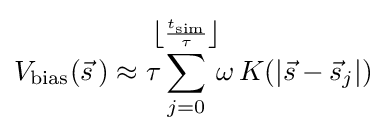
V_{\text{bias}}({\vec {s}}\,)\approx \tau \!\!\!\sum _{j=0}^{\left\lfloor {\frac {t_{\text{sim}}}{\tau }}\right\rfloor }\!\!\omega \,K(|{\vec {s}}-{\vec {s}}_{j}|)